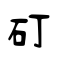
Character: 矴